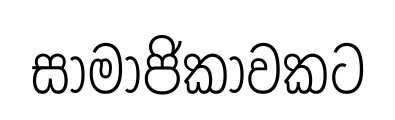
සාමාජිකාවකට